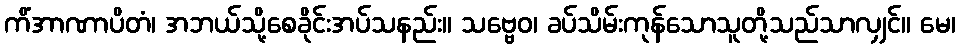
ကိံအာဏာပိတံ၊ အဘယ်သို့စေခိုင်းအပ်သနည်း။ သဗ္ဗေဝ၊ ခပ်သိမ်းကုန်သောသူတို့သည်သာလျှင်။ မေ၊